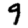
Digit: 9